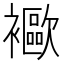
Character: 𧞨